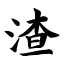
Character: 渣